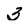
Character: 3